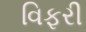
વિફરી